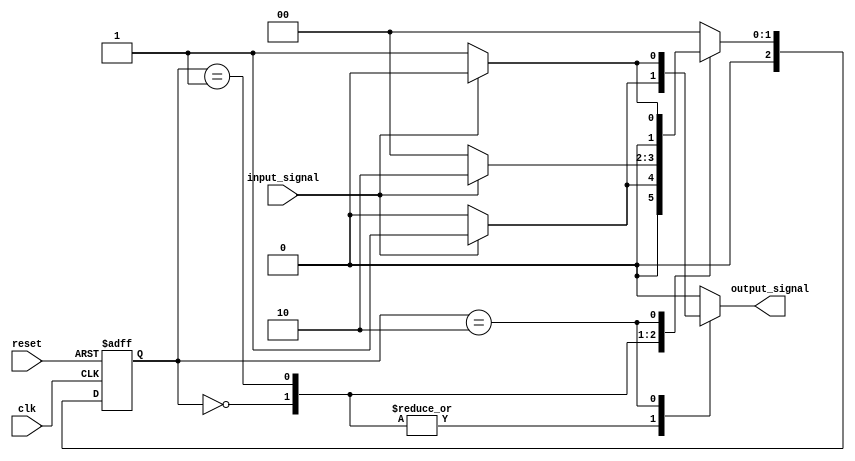
module n_bit_mealy_fsm #(
    parameter N = 3,                   // Number of bits for state representation
    parameter NUM_STATES = 2**N,      // Number of states (2^N)
    parameter IDLE = 3'b000,           // Example state encoding
    parameter STATE1 = 3'b001,
    parameter STATE2 = 3'b010
) (
    input wire clk,                    // Clock input
    input wire reset,                  // Asynchronous reset
    input wire input_signal,           // Input signal affecting state transition
    output reg output_signal            // Output signal
);

    // State register
    reg [N-1:0] current_state, next_state;

    // State transition logic
    always @(*) begin
        case (current_state)
            IDLE: begin
                if (input_signal) begin
                    next_state = STATE1;
                    output_signal = 1'b1; // Output depends on input and current state
                end else begin
                    next_state = IDLE;
                    output_signal = 1'b0;
                end
            end

            STATE1: begin
                if (input_signal) begin
                    next_state = STATE2;
                    output_signal = 1'b1;
                end else begin
                    next_state = IDLE;
                    output_signal = 1'b0;
                end
            end

            STATE2: begin
                if (input_signal) begin
                    next_state = IDLE;
                    output_signal = 1'b0;
                end else begin
                    next_state = STATE1;
                    output_signal = 1'b1;
                end
            end

            default: begin
                next_state = IDLE; // Default state
                output_signal = 1'b0;
            end
        endcase
    end

    // State register update
    always @(posedge clk or posedge reset) begin
        if (reset) begin
            current_state <= IDLE; // Initialize to IDLE state on reset
        end else begin
            current_state <= next_state; // Update state on clock edge
        end
    end

endmodule